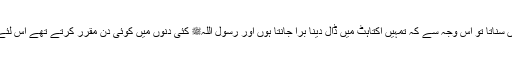
سیدنا عبد اللہؓ نے کہا کہ میں تم کو جو ہر روز حدیث نہیں سناتا تو اس وجہ سے کہ تمہیں اکتاہٹ میں ڈال دینا بُرا جانتا ہوں اور رسول اللہﷺ کئی دنوں میں کوئی دن مقرر کرتے تھے اس لئے کہ آپﷺ ہمیں رنج دینا بُرا جانتے تھے (یعنی بار ہونا)۔